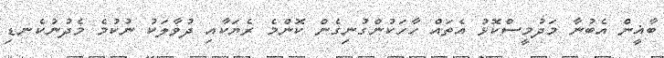
ބާޣީން އެބުނާ މަދުމީސްކޮޅު އެތައް ހާހަކުންގުނިގެން ކޮންމެ ރެޔަކާއި ދުވާލަކު ނުކުމެ މެދުނުކެނޑި